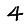
Digit: 4